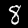
Label: 8